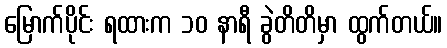
မြောက်ပိုင်း ရထားက ၁၀ နာရီ ခွဲတိတိမှာ ထွက်တယ်။